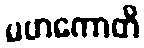
မဟကောတိ